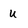
Character: U